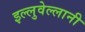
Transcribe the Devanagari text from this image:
इल्लुवेल्लानी